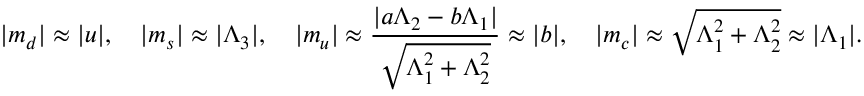
\vert m _ { d } \vert \approx \vert u \vert , \quad \vert m _ { s } \vert \approx \vert \Lambda _ { 3 } \vert , \quad \vert m _ { u } \vert \approx \frac { \vert a \Lambda _ { 2 } - b \Lambda _ { 1 } \vert } { \sqrt { \Lambda _ { 1 } ^ { 2 } + \Lambda _ { 2 } ^ { 2 } } } \approx \vert b \vert , \quad \vert m _ { c } \vert \approx \sqrt { \Lambda _ { 1 } ^ { 2 } + \Lambda _ { 2 } ^ { 2 } } \approx \vert \Lambda _ { 1 } \vert .